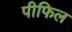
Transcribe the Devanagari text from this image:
पीफिल